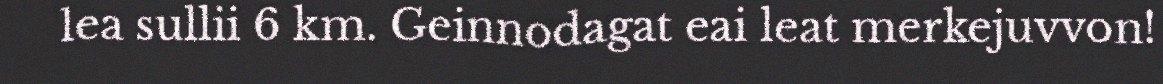
lea sullii 6 km. Geinnodagat eai leat merkejuvvon!